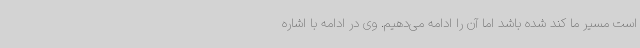
است مسیر ما کند شده باشد اما آن را ادامه می‌دهیم. وی در ادامه با اشاره